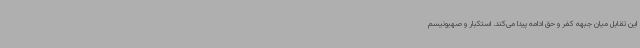
این تقابل میان جبهه کفر و حق ادامه پیدا می‌کند. استکبار و صهیونیسم